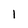
Character: l